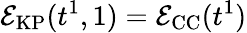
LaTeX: \mathcal{E}_{\mathrm{KP}}(t^{1},1)=\mathcal{E}_{\mathrm{CC}}(t^{1})